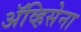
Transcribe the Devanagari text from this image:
ॲव्हिसेना